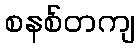
စနစ်တကျ